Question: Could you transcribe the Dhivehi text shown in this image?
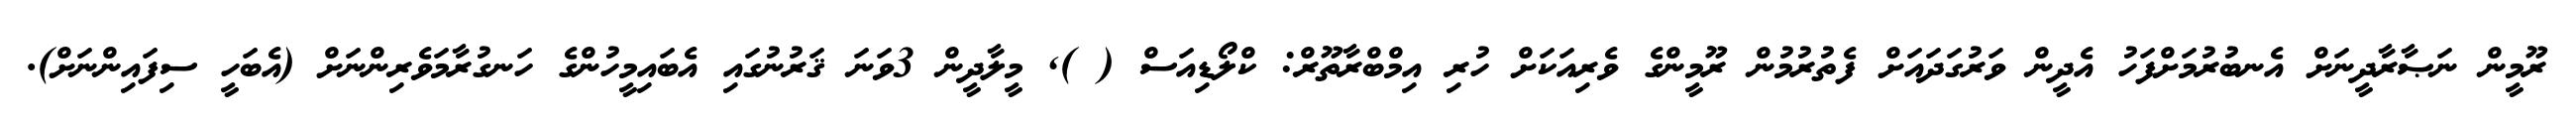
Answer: ރޫމީން ނަޞާރާދީނަށް އެނބުރުމަށްފަހު އެދީން ވަރުގަދައަށް ފެތުރުމުން ރޫމީންގެ ވެރިއަކަށް ހުރި އިމްބްރާތޫރް: ކްލޯޑިއަސް ( ), މީލާދީން 3ވަނަ ޤަރުނުގައި އެބައިމީހުންގެ ހަނގުރާމަވެރިންނަށް (އެބަހީ ސިފައިންނަށް).